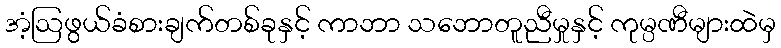
အံ့ဩဖွယ်ခံစားချက်တစ်ခုနှင့် ကာဘာ သဘောတူညီမှုနှင့် ကုမ္ပဏီများထဲမှ